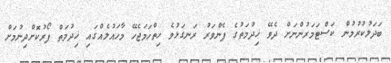
ބަދަލުކުރުމުން ކަސްޓަމަރުންނަށް ދެވޭ ޚިދުމަތުގެ ފެންވަރު ރަނގަޅުވެ ހިތްހަމަޖެހޭ މާހައުލެއްގައި ޚިދުމަތް ފޯރުކޮށްދިނުމަށް